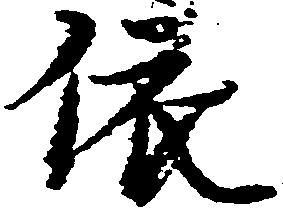
依